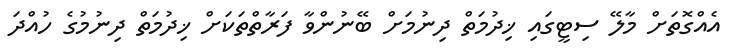
އެއްގޮތަށް މާލޭ ސިޓީގައި ޚިދުމަތް ދިނުމަށް ބޭނުންވާ ފަރާތްތަކަށް ޚިދުމަތް ދިނުމުގެ ހުއްދަ